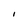
Character: I